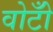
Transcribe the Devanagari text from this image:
वोटोँ